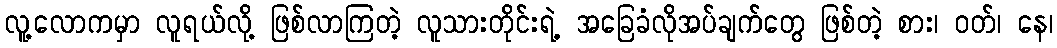
လူ့လောကမှာ လူရယ်လို့ ဖြစ်လာကြတဲ့ လူသားတိုင်းရဲ့ အခြေခံလိုအပ်ချက်တွေ ဖြစ်တဲ့ စား၊ ဝတ်၊ နေ၊